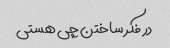
در فکر ساختن چی هستی